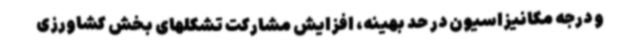
و درجه مکانیزاسیون در حد بهینه، افزایش مشارکت تشکلهای بخش کشاورزی